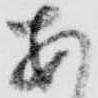
あ